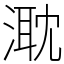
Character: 㴷